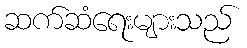
ဆက်ဆံရေးများသည်